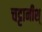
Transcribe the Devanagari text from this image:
चट्टानीश्